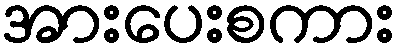
အားပေးစကား